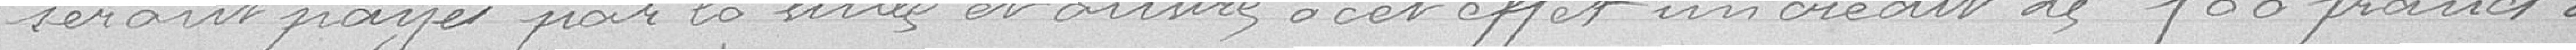
seront payés par la ville et assure à cet effet un crédit de 800 francs à